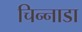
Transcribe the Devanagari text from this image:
चिन्नाडा